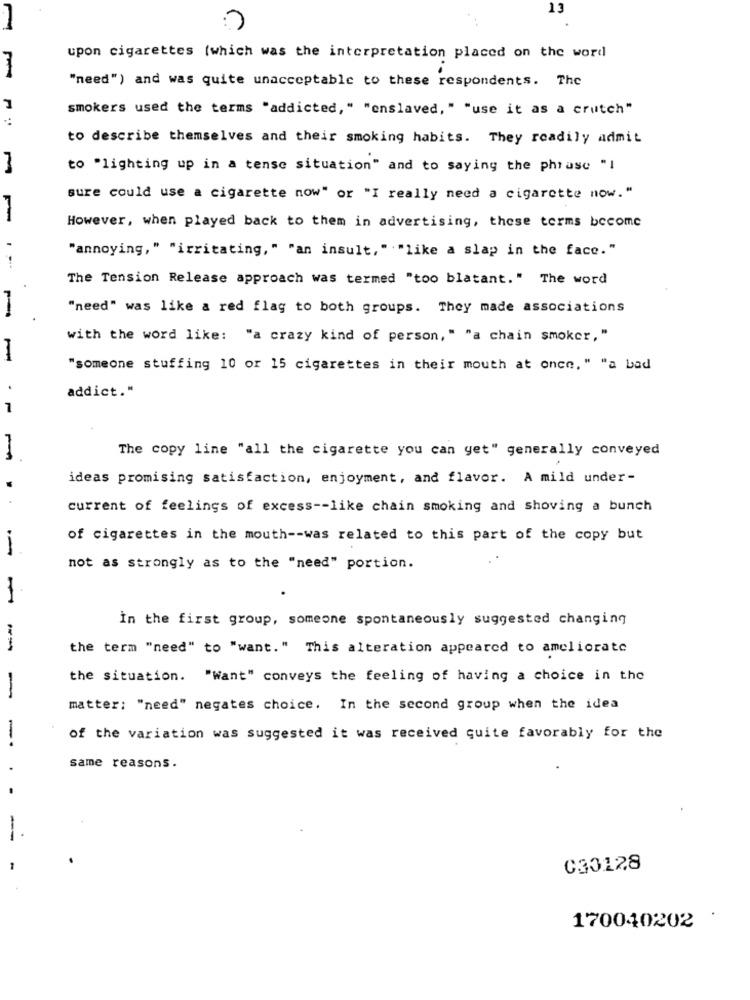
13
upon cigarettes (which was the interpretation placed on the word
"need") and was quite unacceptable to these respondents. The
smokers used the terms "addicted," "enslaved, " "use it as a crutch"
to describe themselves and their smoking habits. They readily admit
3
to "lighting up in a tense situation" and to saying the phrase "1
sure could use a cigarette now" or "I really need a cigarette now."
However, when played back to them in advertising, these terms become
"annoying, " "irritating, " "an insult," ""like a slap in the face."
The Tension Release approach was termed "too blatant." The word
"need" was like a red flag to both groups. They made associations
with the word like:
"a crazy kind of person," "a chain smoker,"
"someone stuffing 10 or 15 cigarettes in their mouth at once. " "a bad
addict."
1
The copy line "all the cigarette you can get" generally conveyed
ideas promising satisfaction, enjoyment, and flavor. A mild under-
current of feelings of excess -- like chain smoking and shoving a bunch
of cigarettes in the mouth -- was related to this part of the copy but
not as strongly as to the "need" portion.
In the first group, someone spontaneously suggested changing
--
the term "need" to "want." This alteration appeared to ameliorate
the situation. "Want" conveys the feeling of having a choice in the
-
matter: "need" negates choice. In the second group when the idea
-
of the variation was suggested it was received quite favorably for the
same reasons.
030128
170040202